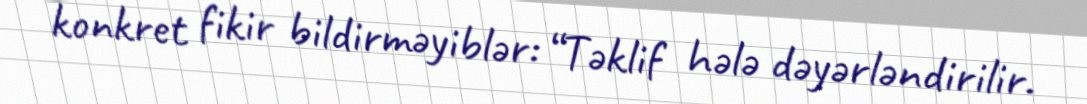
konkret fikir bildirməyiblər: “Təklif hələ dəyərləndirilir.